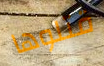
قتلوها